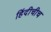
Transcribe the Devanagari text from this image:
हिंदीचीच